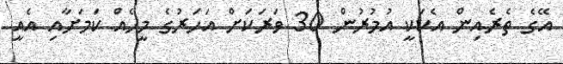
އޭގެ ތެރެއިން އެކަކީ އުމުރުން 30 ވަރަކަށް އަހަރުގެ މީހެއް ކަމަށާއި އެއީ